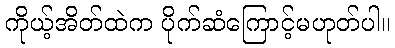
ကိုယ့်အိတ်ထဲက ပိုက်ဆံကြောင့်မဟုတ်ပါ။